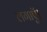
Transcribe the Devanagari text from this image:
लगाऍ।